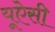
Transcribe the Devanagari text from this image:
यूऐसी